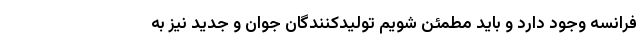
فرانسه وجود دارد و باید مطمئن شویم تولیدکنندگان جوان و جدید نیز به